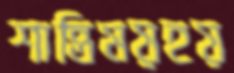
শান্তিময়হয়